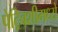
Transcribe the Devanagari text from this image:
पेट्रिबशीमध्ये